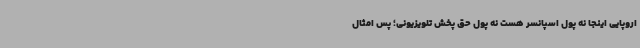
اروپایی اینجا نه پول اسپانسر هست نه پول حق پخش تلویزیونی؛ پس امثال